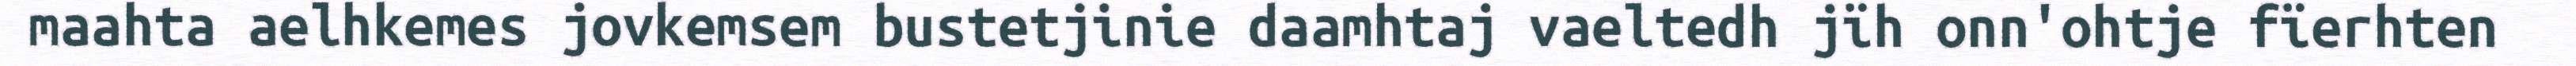
maahta aelhkemes jovkemsem bustetjinie daamhtaj vaeltedh jïh onn'ohtje fïerhten